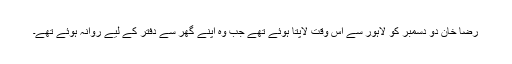
رضا خان دو دسمبر کو لاہور سے اس وقت لاپتا ہوئے تھے جب وہ اپنے گھر سے دفتر کے لیے روانہ ہوئے تھے۔